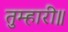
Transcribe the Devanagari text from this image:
तुम्हारी॥